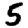
Digit: 5